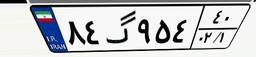
۸۴گ۹۵۴۴۰